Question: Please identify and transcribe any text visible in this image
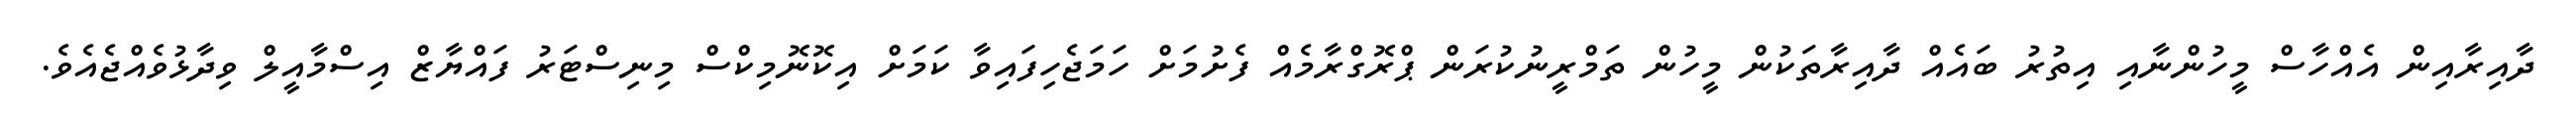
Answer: ދާއިރާއިން އެއްހާސް މީހުންނާއި އިތުރު ބައެއް ދާއިރާތަކުން މީހުން ތަމްރީނުކުރަން ޕްރޮގްރާމެއް ފެށުމަށް ހަމަޖެހިފައިވާ ކަމަށް އިކޮނޮމިކްސް މިނިސްޓަރު ފައްޔާޒް އިސްމާއީލް ވިދާޅުވެއްޖެއެވެ.